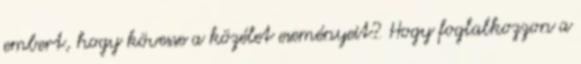
embert, hogy kövesse a közélet eseményeit? Hogy foglalkozzon a